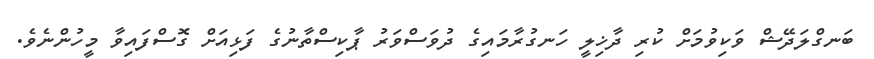
ބަނގްލަދޭޝް ވަކިވުމަށް ކުރި ދާޚިލީ ހަނގުރާމައިގެ ދުވަސްވަރު ޕާކިސްތާނުގެ ފަޅިއަށް ގޮސްފައިވާ މީހުންނެވެ.